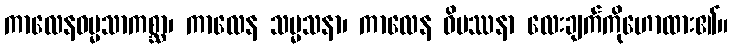
ကာလေနဓမ္မသာကစ္ဆာ၊ ကာလေန သမ္မသနာ၊ ကာလေန ဝိပဿနာ လေးချက်ကိုဟောထား၏။